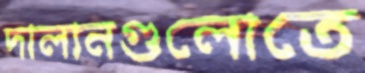
দালানগুলোতে